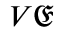
V { \mathfrak { E } }